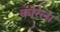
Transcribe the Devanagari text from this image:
कोरेला